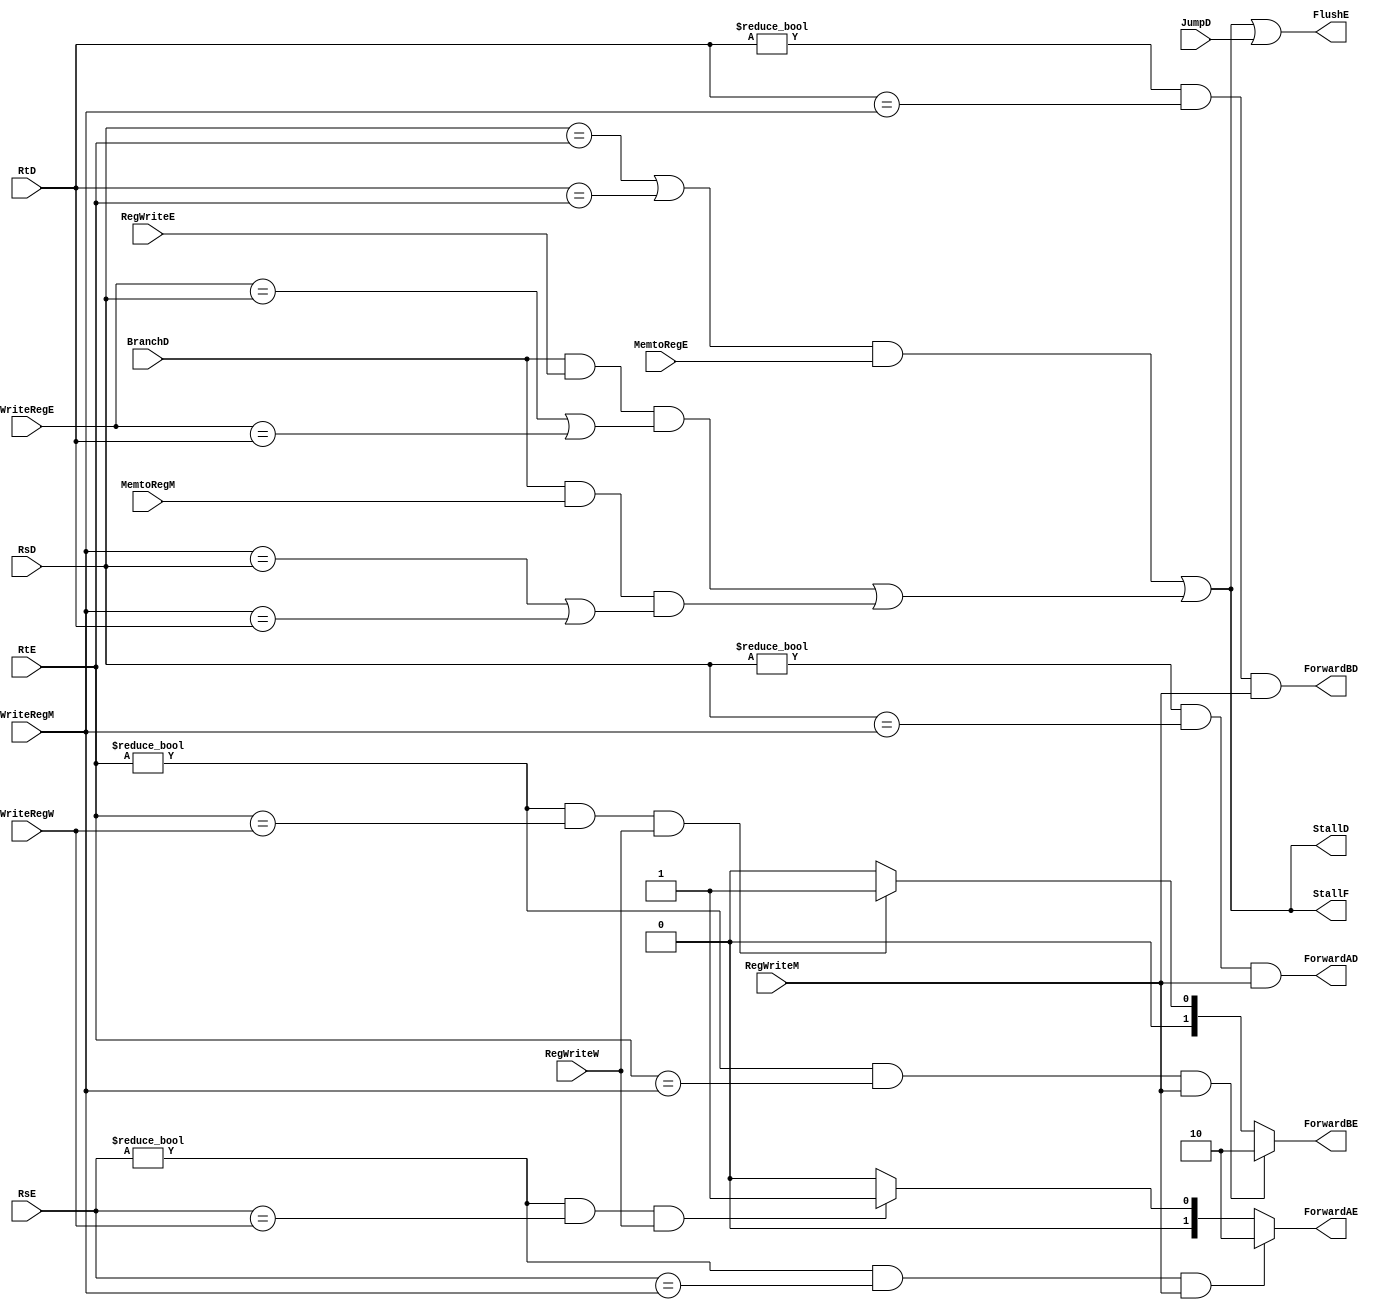
module Hazard_unit (
    // input & output ports
    input   wire         RegWriteW,
    input   wire  [4:0]  WriteRegW,
    input   wire  [4:0]  WriteRegM,
    input   wire  [4:0]  WriteRegE,
    input   wire         RegWriteM,
    input   wire         MemtoRegM,
    input   wire         RegWriteE,
    input   wire         MemtoRegE,
    input   wire  [4:0]  RsE,
    input   wire  [4:0]  RtE,
    input   wire  [4:0]  RsD,
    input   wire  [4:0]  RtD,
    input   wire         JumpD,
    input   wire         BranchD,
    output  reg   [1:0]  ForwardAE,
    output  reg   [1:0]  ForwardBE,
    output  wire         ForwardAD,
    output  wire         ForwardBD,
    output  wire         FlushE,
    output  wire         StallF,
    output  wire         StallD
);

wire lwstall;
wire Branchstall_1;
wire Branchstall_2;
wire Branchstall;


assign lwstall       = ((RsD == RtE) || (RtD == RtE)) && MemtoRegE;
assign Branchstall_1 = (BranchD && RegWriteE && ((WriteRegE == RsD) || (WriteRegE == RtD)));
assign Branchstall_2 = (BranchD && MemtoRegM && ((WriteRegM == RsD) || (WriteRegM == RtD)));
assign Branchstall   = Branchstall_1 || Branchstall_2;
assign StallF        = lwstall || Branchstall;
assign StallD        = lwstall || Branchstall;
assign FlushE        = lwstall || Branchstall || JumpD;
assign ForwardAD     = (RsD != 5'b0) && (RsD == WriteRegM) && RegWriteM;
assign ForwardBD     = (RtD != 5'b0) && (RtD == WriteRegM) && RegWriteM;

always @(*) begin
    
    if ((RsE != 5'b0) && (RsE == WriteRegM) && RegWriteM) begin
        ForwardAE = 2'b10;
    end
    else if ((RsE != 5'b0) && (RsE == WriteRegW) && RegWriteW) begin
        ForwardAE = 2'b01;
    end
    else begin
        ForwardAE = 2'b00;
    end

end

always @(*) begin
    
    if ((RtE != 5'b0) && (RtE == WriteRegM) && RegWriteM) begin
        ForwardBE = 2'b10;
    end
    else if ((RtE != 5'b0) && (RtE == WriteRegW) && RegWriteW) begin
        ForwardBE = 2'b01;
    end
    else begin
        ForwardBE = 2'b00;
    end

end
    
endmodule